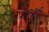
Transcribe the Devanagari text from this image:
३०शी